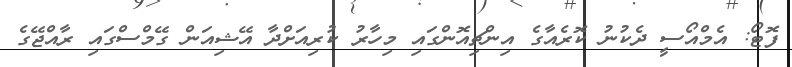
ފޮޓޯ: އެމްއޯސީ ދެކުނު ކޮރެއާގެ އިންޗިއޮންގައި މިހާރު ކުރިއަށްދާ އޭޝިއަން ގޭމްސްގައި ރާއްޖޭގެ